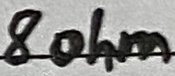
Text: 8ohm